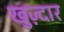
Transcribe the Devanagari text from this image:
खुज़्दार